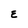
Character: E